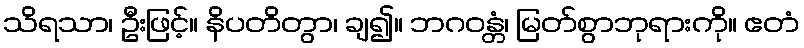
သိရသာ၊ ဦးဖြင့်။ နိပတိတွာ၊ ချ၍။ ဘဂဝန္တံ၊ မြတ်စွာဘုရားကို။ ဧတံ